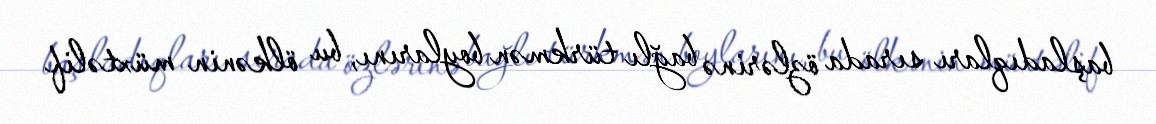
başladıqları sırada özlərinə bağlı türkmən boylarını, bu ölkənin müxtəlif